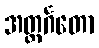
အတ္ထင်္ဂတော